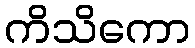
ကိသိကော